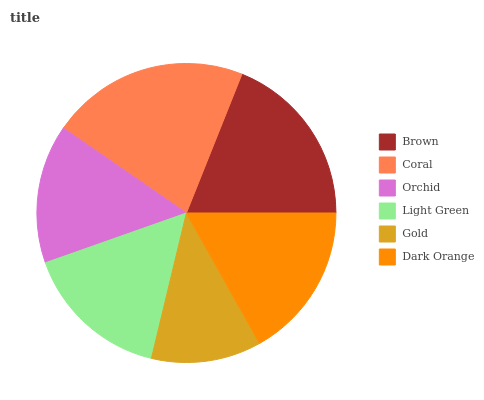
| Brown | Coral | Orchid | Light Green | Gold | Dark Orange |
 | --- | --- | --- | --- | --- | --- |
 | 18.9% | 21.5% | 15% | 15.8% | 11.9% | 16.9% |